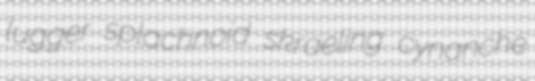
lugger splachnoid skraeling cynanche